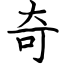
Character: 奇